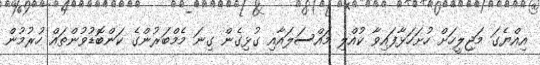
އިއްޔެގަ މަޖިލީހަށް ހުށަހަޅާފައިވާ ކުއްލި މައްސަލައާއި ގުޅިގެން ގިނަ މެމްބަރުންގެ ކަންބޮޑުވުންތައް ހުރުމުން